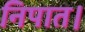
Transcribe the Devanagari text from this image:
निपात।